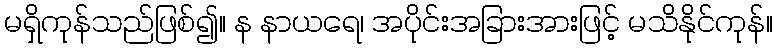
မရှိကုန်သည်ဖြစ်၍။ န နာယရေ၊ အပိုင်းအခြားအားဖြင့် မသိနိုင်ကုန်။